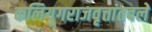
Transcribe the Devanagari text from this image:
कलियुगराजवृत्तांतवले